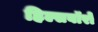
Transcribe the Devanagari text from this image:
हिल्सबॉरो